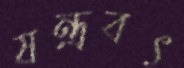
যন্ত্রবৎ